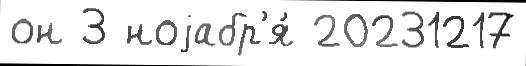
он 3 ноjабр'я́ 20231217